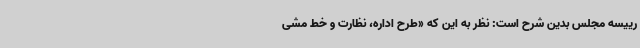
رییسه مجلس بدین شرح است: نظر به این که «طرح اداره، نظارت و خط مشی